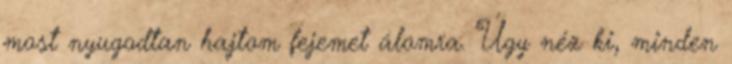
most nyugodtan hajtom fejemet álomra. Úgy néz ki, minden